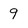
Character: 9